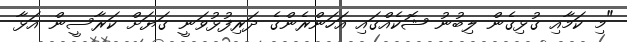
"މި ކަމާއި ގުޅިގެން ލިބުނު ޝޮކެއްގައި އަހަންރެންގެ ދަރިފުޅުވަނީ ގަޔަށް ކަރާސީން އަޅާ